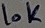
Text: 10K